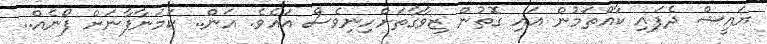
ޔައީޝް ދެފައި ކާއްތަމުން އައި ގޮތުން ޒިވާގާތަށްހިނިވެސް އައެވެ. އަން.. ކަމަނާފާނަށް ފޯނެއް..